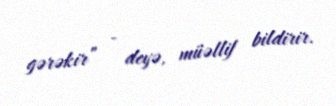
gərəkir” - deyə, müəllif bildirir.